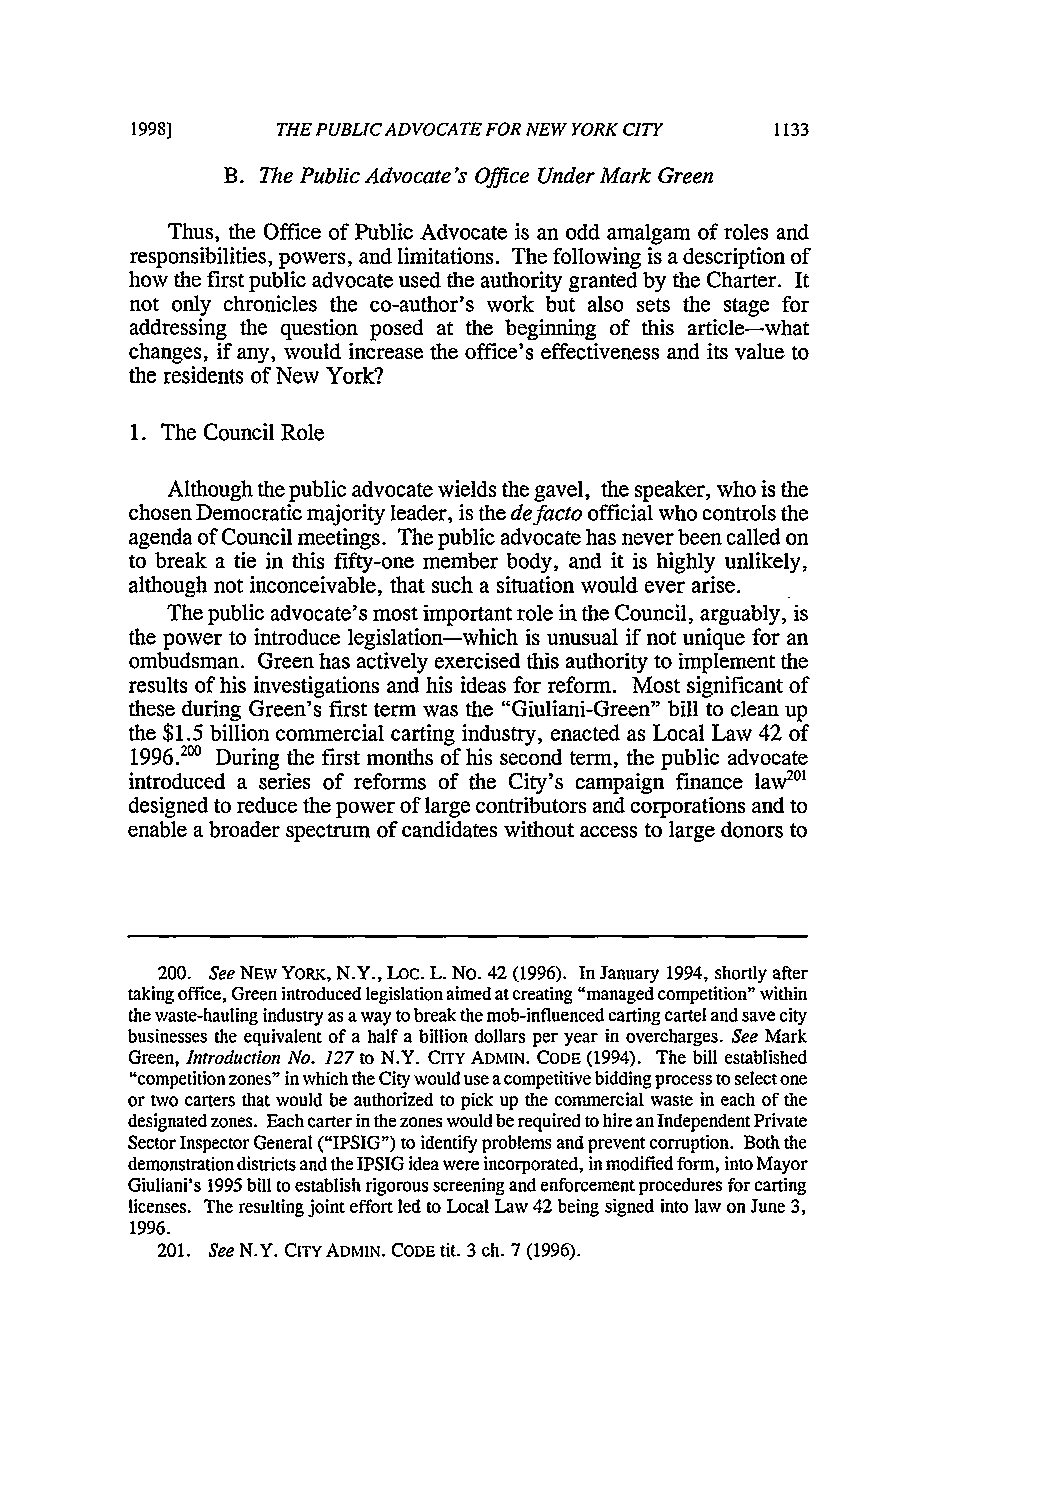
1998]    THE PUBLIC ADVOCATE FOR NEW YORK CITY 1133
 B. The Public Advocate's Office Under Mark Green
 Thus, the Office of Public Advocate is an odd amalgam of roles and
 responsibilities, powers, and limitations. The following is a description of
 how the first public advocate used the authority granted by the Charter. It
 not only chronicles the co-author's work but also sets the stage for
 addressing the question posed at the beginning of this article-what
 changes, if any, would increase the office's effectiveness and its value to
 the residents of New York?
 1. The Council Role
 Although the public advocate wields the gavel, the speaker, who is the
 chosen Democratic majority leader, is the defacto official who controls the
 agenda of Council meetings. The public advocate has never been called on
 to break a tie in this fifty-one member body, and it is highly unlikely,
 although not inconceivable, that such a situation would ever arise.
 The public advocate's most important role in the Council, arguably, is
 the power to introduce legislation-which is unusual if not unique for an
 ombudsman. Green has actively exercised this authority to implement the
 results of his investigations and his ideas for reform. Most significant of
 these during Green's first term was the "Giuliani-Green" bill to clean up
 the $1.5 billion commercial carting industry, enacted as Local Law 42 of
 .200 During the first months of his second term, the public advocate
 1996
 introduced a series of reforms of the City's campaign finance law2°'
 designed to reduce the power of large contributors and corporations and to
 enable a broader spectrum of candidates without access to large donors to
 200. See NEW YORK, N.Y., LOC. L. No. 42 (1996). In January 1994, shortly after
 taking office, Green introduced legislation aimed at creating "managed competition" within
 the waste-hauling industry as a way to break the mob-influenced carting cartel and save city
 businesses the equivalent of a half a billion dollars per year in overcharges. See Mark
 Green, Introduction No. 127 to N.Y. CITY ADMIN. CODE (1994). The bill established
 "competition zones" in which the City would use a competitive bidding process to select one
 or two carters that would be authorized to pick up the commercial waste in each of the
 designated zones. Each carter in the zones would be required to hire an Independent Private
 Sector Inspector General ("IPSIG") to identify problems and prevent corruption. Both the
 demonstration districts and the IPSIG idea were incorporated, in modified form, into Mayor
 Giuliani's 1995 bill to establish rigorous screening and enforcement procedures for carting
 licenses. The resulting joint effort led to Local Law 42 being signed into law on June 3,
 1996.
 201. See N.Y. CITY ADMIN. CODE tit. 3 ch. 7 (1996).